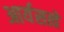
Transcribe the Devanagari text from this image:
आर्यसत्वे